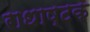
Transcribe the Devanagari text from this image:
राधाष्टक